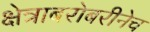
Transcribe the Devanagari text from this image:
क्षेत्राबरोबरीनेच